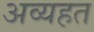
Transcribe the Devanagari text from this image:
अव्यहत